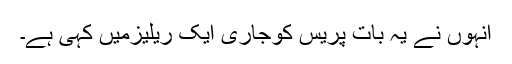
انہوں نے یہ بات پریس کوجاری ایک ریلیزمیں کہی ہے۔